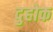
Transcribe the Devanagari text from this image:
दुहोक